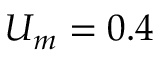
U _ { m } = 0 . 4